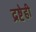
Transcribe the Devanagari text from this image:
द्रष्टेही